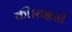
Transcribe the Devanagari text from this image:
की।राक्षसों